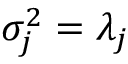
\sigma _ { j } ^ { 2 } = \lambda _ { j }